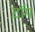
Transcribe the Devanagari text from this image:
ट़ॉप